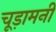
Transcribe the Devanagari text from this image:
चूड़ामनी